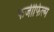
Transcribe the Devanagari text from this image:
फर्जीफिल्म